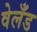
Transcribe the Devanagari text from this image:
वेलँड